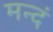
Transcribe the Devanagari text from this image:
मन्दं